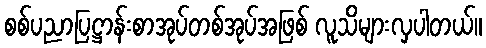
စစ်ပညာပြဋ္ဌာန်းစာအုပ်တစ်အုပ်အဖြစ် လူသိများလှပါတယ်။